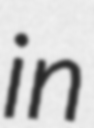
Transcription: in